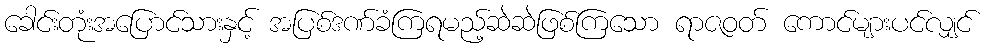
ခေါင်းတုံးအပြောင်သားနှင့် အပြစ်ဒဏ်ခံကြရမည့်ဆဲဆဲဖြစ်ကြသော ရာဇဝတ် ကောင်များပင်လျှင်